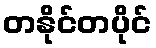
တနိုင်တပိုင်